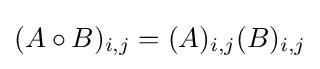
(A\circ B)_{i,j}=(A)_{i,j}(B)_{i,j}